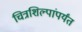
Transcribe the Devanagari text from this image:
चित्रशिल्पांपर्यंत